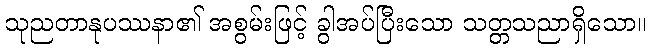
သုညတာနုပဿနာ၏ အစွမ်းဖြင့် ခွါအပ်ပြီးသော သတ္တသညာရှိသော။